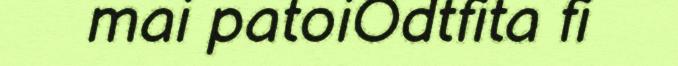
mai patoiOdtfita fi